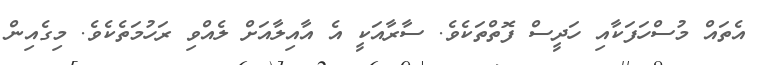
އެތައް މުސްހަފަކާއި ހަދީސް ފޮތްތަކެވެ. ސާރާއަކީ އެ އާއިލާއަށް ލެއްވި ރަހުމަތެކެވެ. މިގެއިން